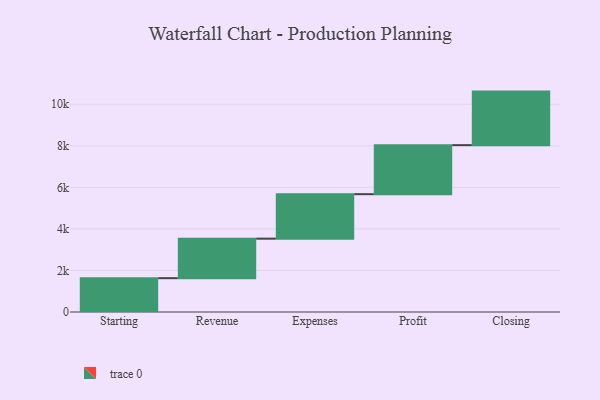
{"axis": {"x": "Step", "y": "Value"}, "legend": [""], "data": [{"x": "Starting", "y": 1628.0, "type": ""}, {"x": "Revenue", "y": 1903.0, "type": ""}, {"x": "Expenses", "y": 2142.0, "type": ""}, {"x": "Profit", "y": 2360.0, "type": ""}, {"x": "Closing", "y": 2578.0, "type": ""}]}